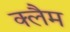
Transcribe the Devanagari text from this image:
क्लैम